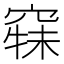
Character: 𱷍